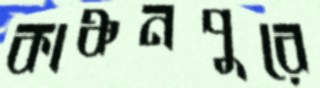
কাঞ্চনপুরে